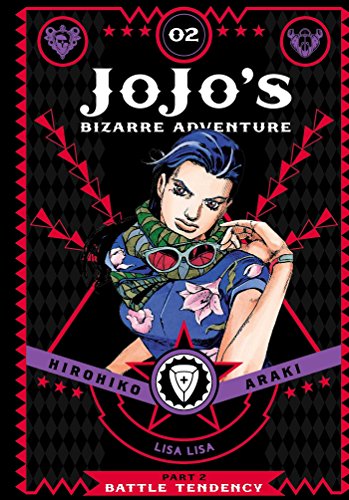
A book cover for JoJo's Bizarre Adventure: Part 2--Battle Tendency, Vol. 2; Hirohiko Araki; Comics & Graphic Novels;